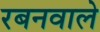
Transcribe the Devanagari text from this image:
रबनवाले